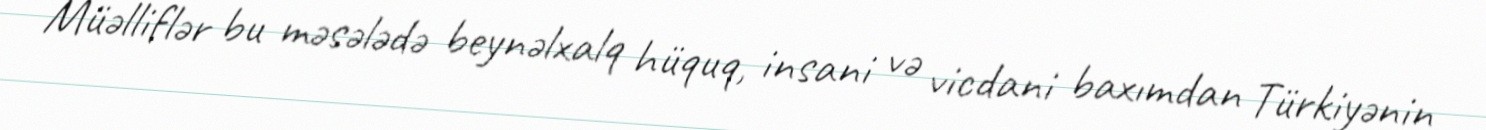
Müəlliflər bu məsələdə beynəlxalq hüquq, insani və vicdani baxımdan Türkiyənin